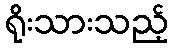
ရိုးသားသည့်